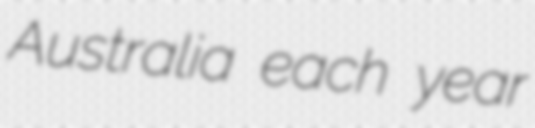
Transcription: Australia each year